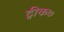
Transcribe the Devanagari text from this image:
ट्वीक७